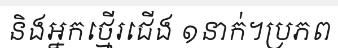
និងអ្នកថ្មើរជើង ១នាក់។ប្រភព